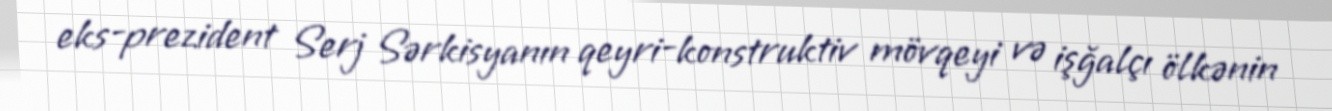
eks-prezident Serj Sərkisyanın qeyri-konstruktiv mövqeyi və işğalçı ölkənin